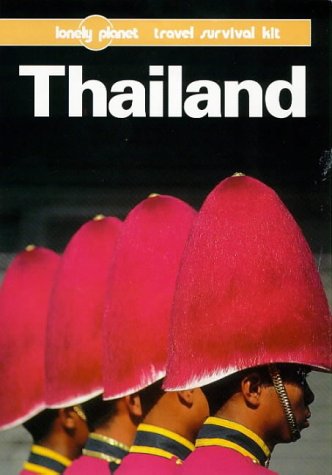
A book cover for Lonely Planet Thailand: Travel Survival Kit (7th ed); Joe Cummings; Travel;